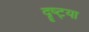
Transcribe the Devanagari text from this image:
दॄष्ट्या